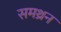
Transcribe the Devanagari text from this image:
समथ्रन